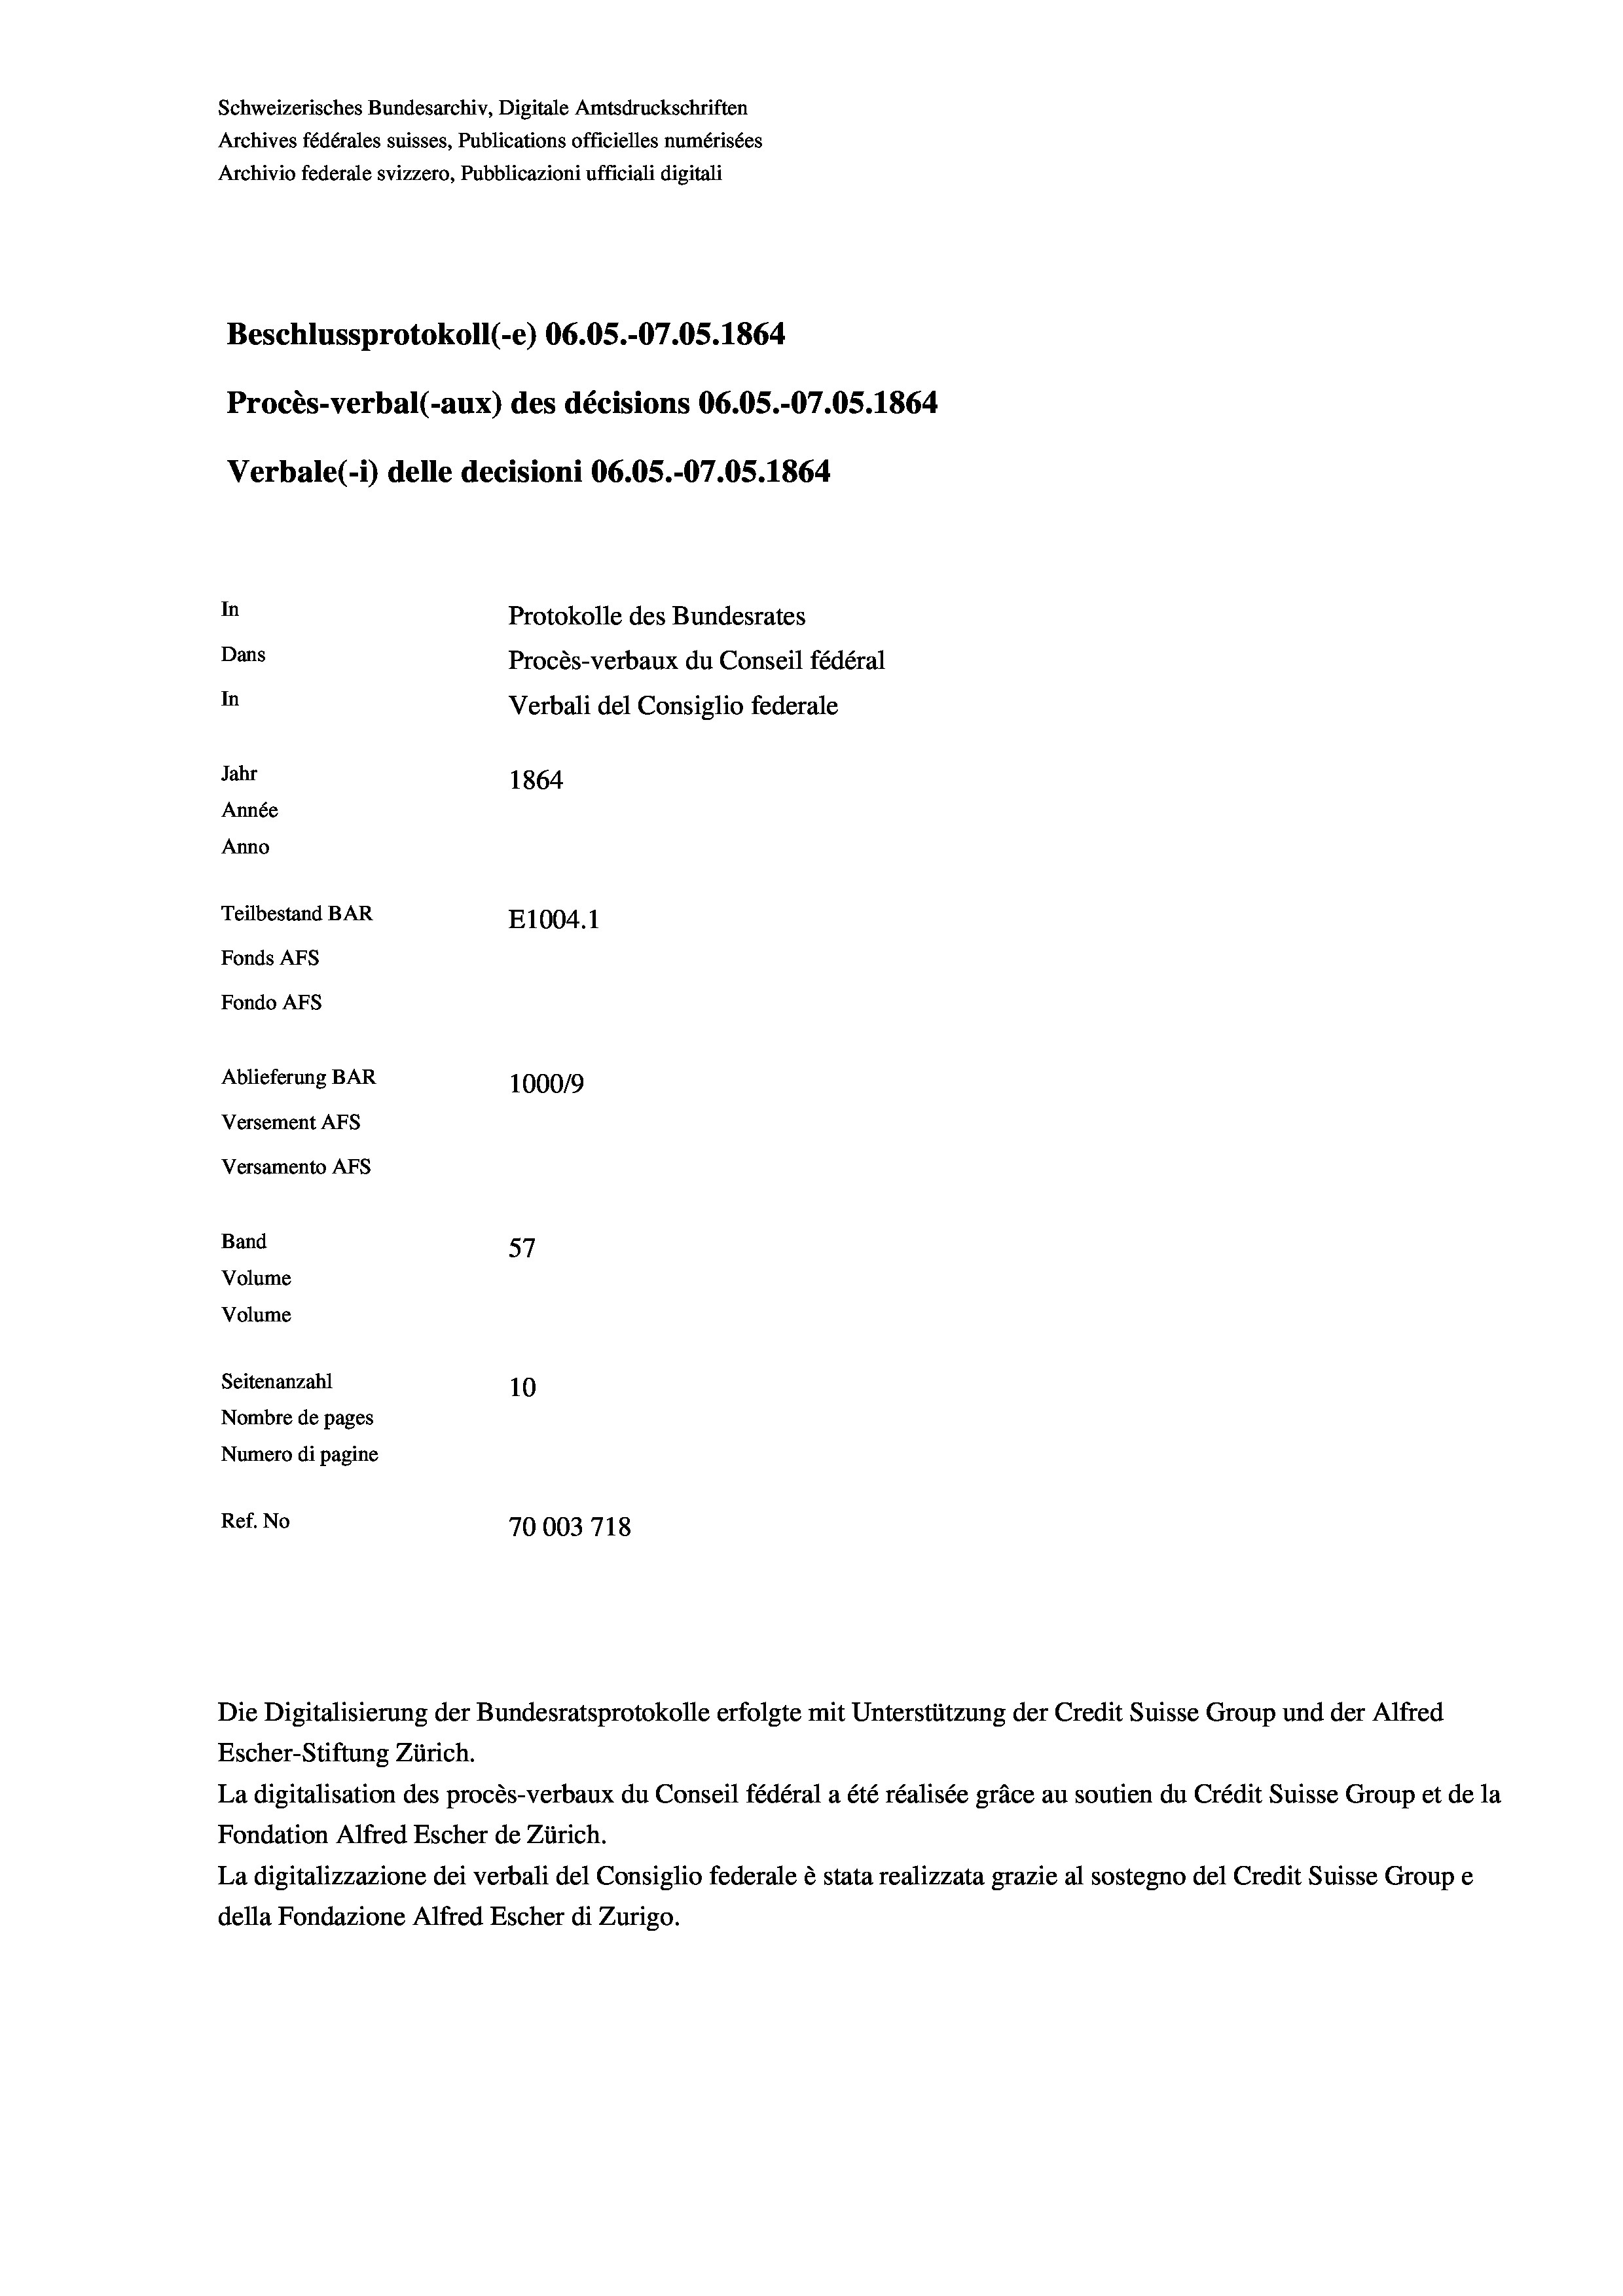
Beschlussprotokoll (-e) 06.05.-07.05. 1864
Procès-verbal (-aux) des décisions 06.05.-07.0S. 1864
In
Protokolle des Bundesrates
Dans
Procès-verbaux du Conseil fédéral
In
Verbali del Consiglio federale
Jahr
1864
Année
Anno
Teilbestand BAR
E1004.1
Fonds AFs
Fondo Afs

Ablieferung BAR
Versement AFs
Versamento Afs
Band
Volume
Volume
Seitenanzahl
Nombre de pages
Numero di pagine

Schweizerisches Bundesarchiv, Digitale Amtsdruckschriften
Archives fédérales suisses, Publications officielles numérisées
Archivio federale svizzero, Pubblicazioni ufficiali digitali

Verbale(-*) delle decisioni 06.05.-07.05. 1864

100019
f
57
10
Ref. No
70003718

Escher-Stiftung Zürich.
La digitalisation des procès-verbaux du Conseil fédéral a été réalisée gräce au soutien du Crédit Suisse Group et de la
Fondation Alfred Escher de Zürich.
La digitalizzazione dei verbali del Consiglio federale è stata realizzata grazie al sostegno del Credit Suisse Groupe
della Fondazione Alfred Escher di Zurigo.

Die Digitalisierung der Bundesratsprotokolle erfolgte mit Unterstützung der Credit Suisse Group und der Alfred